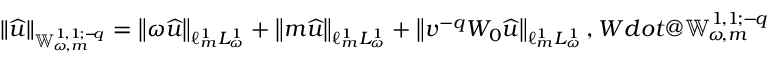
\lVert \widehat { u } \rVert _ { { \mathbb { W } _ { \! \omega \! , m } ^ { 1 \! , 1 \! ; { - \! q } } } } = \left\lVert \omega \widehat { u } \right\rVert _ { \ell _ { m } ^ { 1 } L _ { \omega } ^ { 1 } } + \left\lVert m \widehat { u } \right\rVert _ { \ell _ { m } ^ { 1 } L _ { \omega } ^ { 1 } } + \left\lVert v ^ { - q } W _ { 0 } \widehat { u } \right\rVert _ { \ell _ { m } ^ { 1 } L _ { \omega } ^ { 1 } } , \index { W d o t @ { \mathbb { W } _ { \! \omega \! , m } ^ { 1 \! , 1 \! ; { - \! q } } } }